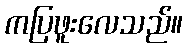
ကပြဖူးလေသည်။